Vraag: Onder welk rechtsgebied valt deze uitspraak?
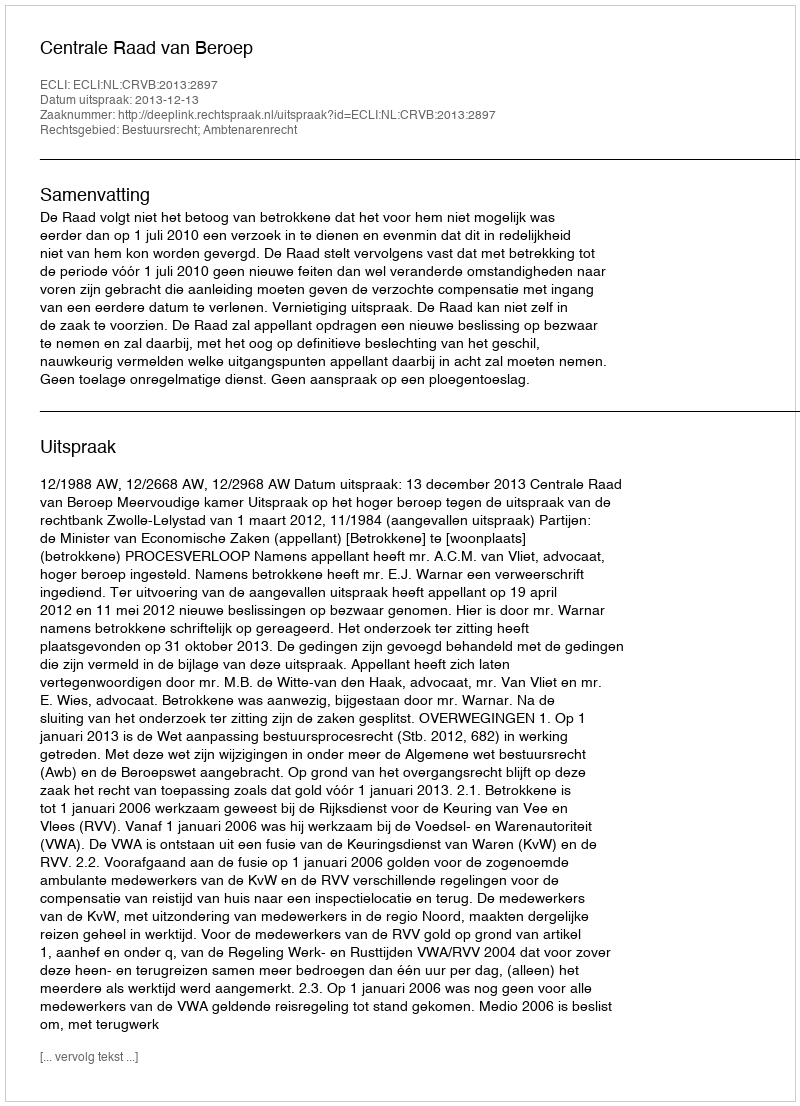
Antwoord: Bestuursrecht; Ambtenarenrecht